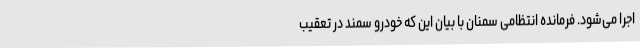
اجرا می‌شود. فرمانده انتظامی سمنان با بیان این که خودرو سمند در تعقیب